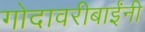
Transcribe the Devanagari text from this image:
गोदावरीबाईंनी